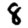
Digit: 8